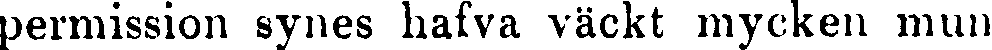
permission synes kalva väckt mycken mun